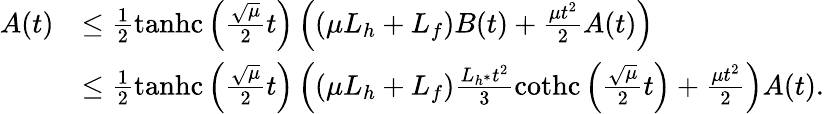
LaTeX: \begin{array}{rl}{A(t)}&{\leq\frac{1}{2}\operatorname{tanhc}\left(\frac{\sqrt{\mu}}{2}t\right)\left(\left(\mu L_{h}+L_{f}\right)B(t)+\frac{\mu t^{2}}{2}A(t)\right)}\\ &{\leq\frac{1}{2}\operatorname{tanhc}\left(\frac{\sqrt{\mu}}{2}t\right)\left(\left(\mu L_{h}+L_{f}\right)\frac{L_{h^{*}}t^{2}}{3}\operatorname{cothc}\left(\frac{\sqrt{\mu}}{2}t\right)+\frac{\mu t^{2}}{2}\right)A(t).}\end{array}